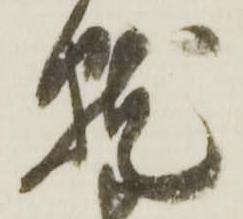
就